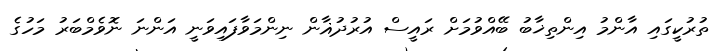
ތުރުކީގައި އާންމު އިންތިޚާބު ބޭއްވުމަށް ރައީސް އުރުދުޣާން ނިންމަވާފައިވަނީ އަންނަ ނޮވެމްބަރު މަހުގެ